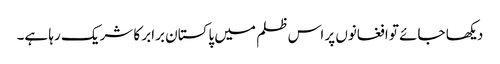
دیکھا جائے تو افغانوں پر اس ظلم میں پاکستان برابر کا شریک رہا ہے۔